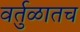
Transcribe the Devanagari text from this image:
वर्तुळातच